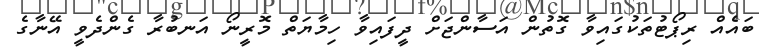
ބައެއް ރިޕޯޓުތަކުގައިވާ ގޮތުން އަސާންޖަށް ދީފައިވާ ހިމާޔަތް މޮރީނޯ އަނބުރާ ގެންދެވީ އޭނާގެ